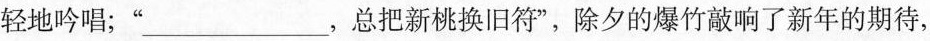
轻地吟唱；”___，总把新桃换旧符”，除夕的爆竹敲响了新年的期待，